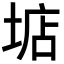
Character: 𡌽